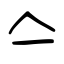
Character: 亼